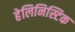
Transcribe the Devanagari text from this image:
हेलिनिस्टिक